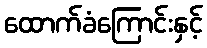
ထောက်ခံကြောင်းနှင့်